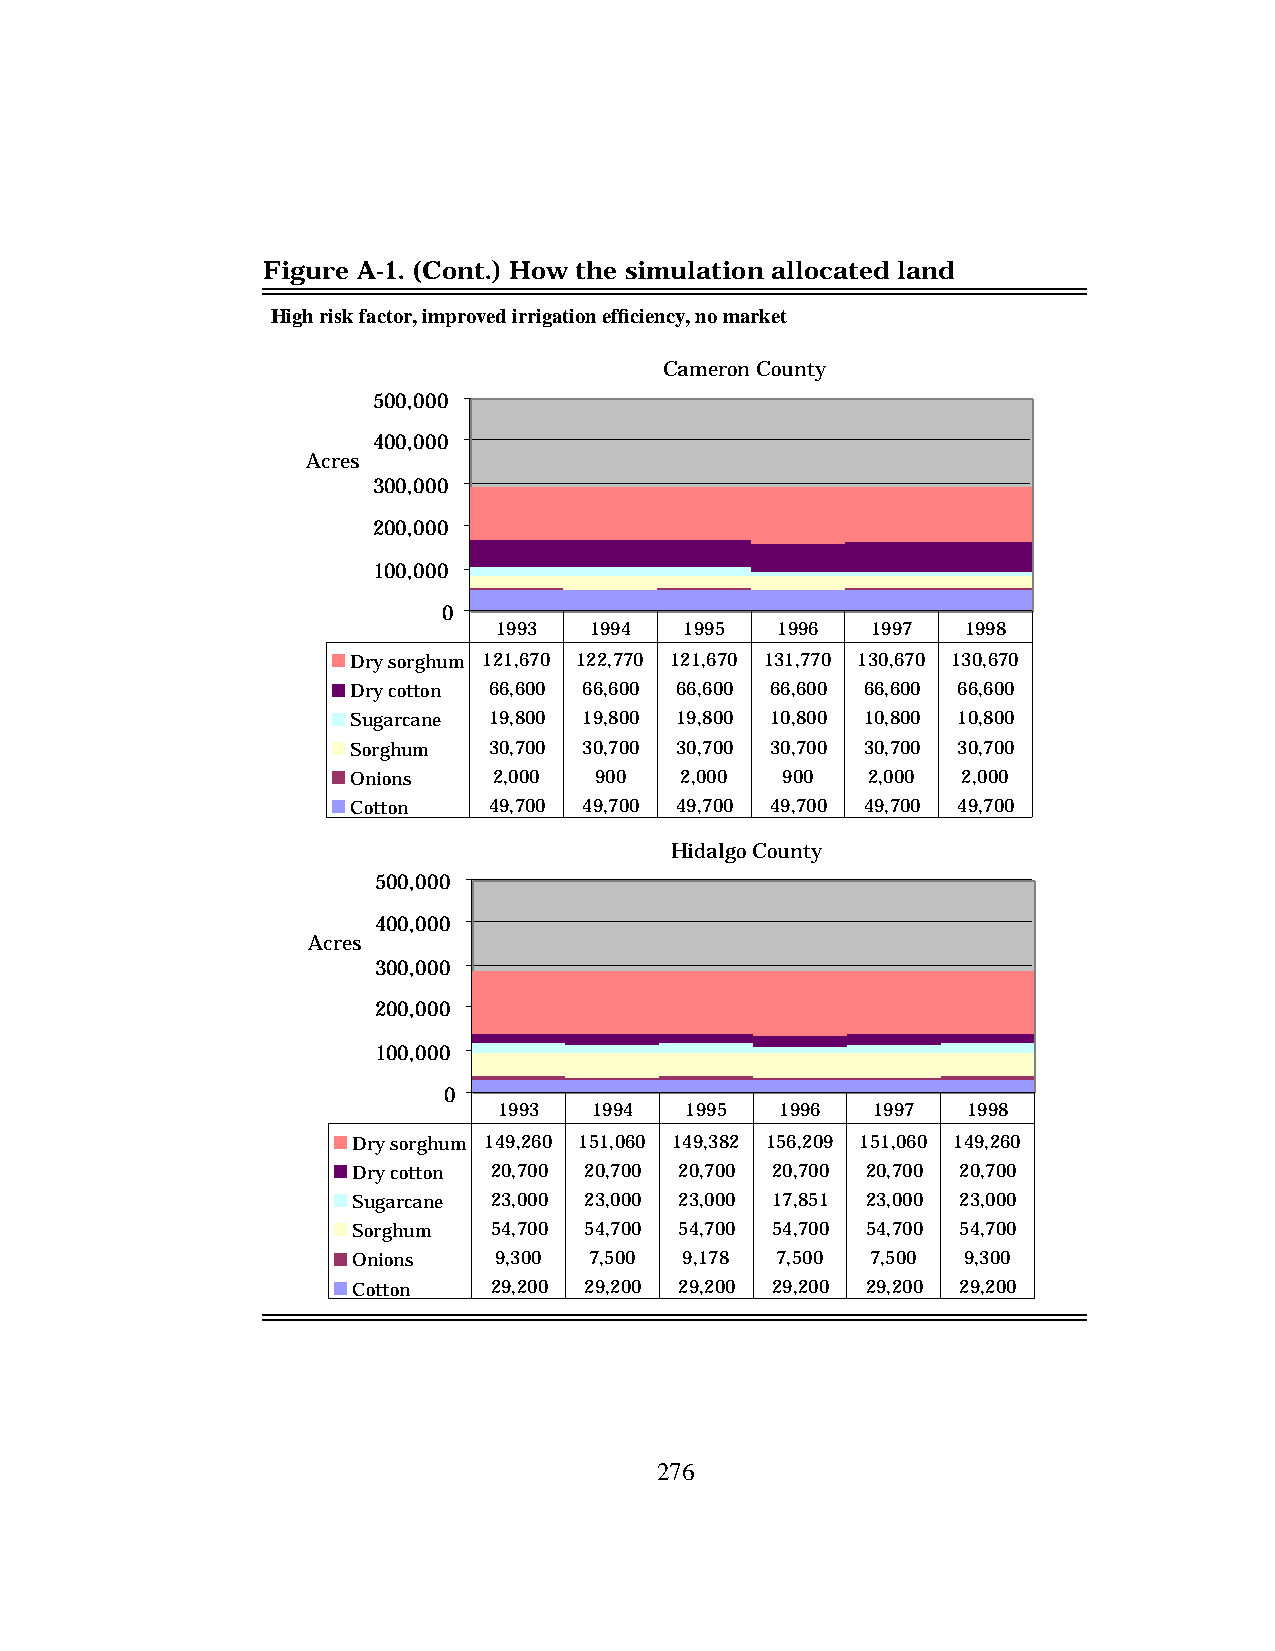
Figure A-1. (Cont.) How the simulation allocated land
 High risk factor, improved irrigation efficiency, no market
 Cameron County
 500,000
 400,000
 Acres
 300,000
 200,000
 100,000
 0
 1993  1994  1995  1996   1997  1998
 Dry sorghum 121,670 122,770 121,670 131,770 130,670 130,670
 Dry cotton 66,600 66,600 66,600 66,600 66,600 66,600
 Sugarcane 19,800 19,800 19,800 10,800 10,800 10,800
 Sorghum  30,700 30,700 30,700 30,700 30,700 30,700
 Onions    2,000 900   2,000  900  2,000  2,000
 Cotton   49,700 49,700 49,700 49,700 49,700 49,700
 Hidalgo County
 500,000
 400,000
 Acres
 300,000
 200,000
 100,000
 0
 1993  1994  1995   1996  1997  1998
 Dry sorghum 149,260 151,060 149,382 156,209 151,060 149,260
 Dry cotton 20,700 20,700 20,700 20,700 20,700 20,700
 Sugarcane 23,000 23,000 23,000 17,851 23,000 23,000
 Sorghum  54,700 54,700 54,700 54,700 54,700 54,700
 Onions    9,300 7,500 9,178 7,500  7,500 9,300
 Cotton   29,200 29,200 29,200 29,200 29,200 29,200
 276